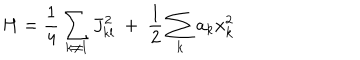
LaTeX: H = { \frac { 1 } { 4 } } \sum _ { k \neq l } J _ { k l } ^ { 2 } ~ + ~ { \frac { 1 } { 2 } } \sum _ { k } a _ { k } x _ { k } ^ { 2 }